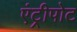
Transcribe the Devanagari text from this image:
एंट्रीपोट